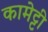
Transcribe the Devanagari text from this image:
कामेट्टी